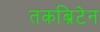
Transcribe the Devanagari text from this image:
तकब्रिटेन